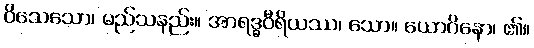
ဝိသေသော၊ မည်သနည်း။ အာရဒ္ဓဝီရိယဿ၊ သော။ ယောဂိနော၊ ၏။